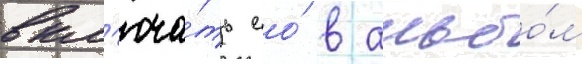
вкл'юча́ть ео́ в альбо́м